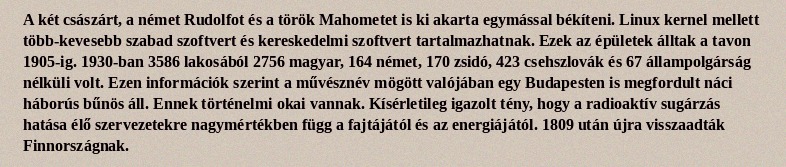
A két császárt, a német Rudolfot és a török Mahometet is ki akarta egymással békíteni. Linux kernel mellett több-kevesebb szabad szoftvert és kereskedelmi szoftvert tartalmazhatnak. Ezek az épületek álltak a tavon 1905-ig. 1930-ban 3586 lakosából 2756 magyar, 164 német, 170 zsidó, 423 csehszlovák és 67 állampolgárság nélküli volt. Ezen információk szerint a művésznév mögött valójában egy Budapesten is megfordult náci háborús bűnös áll. Ennek történelmi okai vannak. Kísérletileg igazolt tény, hogy a radioaktív sugárzás hatása élő szervezetekre nagymértékben függ a fajtájától és az energiájától. 1809 után újra visszaadták Finnországnak.